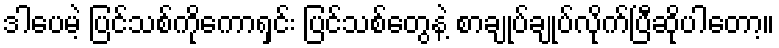
ဒါပေမဲ့ ပြင်သစ်ကိုကောရှင်း ပြင်သစ်တွေနဲ့ စာချုပ်ချုပ်လိုက်ပြီဆိုပါတော့။